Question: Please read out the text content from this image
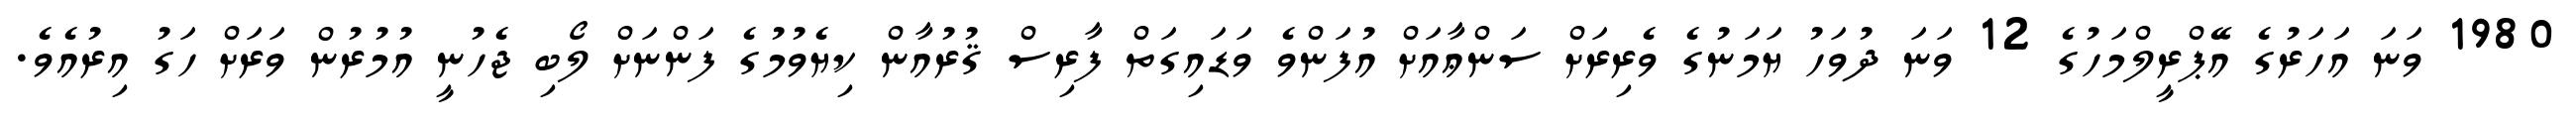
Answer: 1980 ވަނަ އަހަރުގެ އޭޕްރީލްމަހުގެ 12 ވަނަ ދުވަހު ޔަމަނުގެ ވެރިރަށް ސަންޢާއަށް އުފަންވެ ވަޑައިގަތް ފާރިސް ޤުރުއާން ކިޔެވުމުގެ ފަންނަށް ލޯބި ޖެހުނީ އުމުރުން ވަރަށް ހަގު އިރުއެވެ.